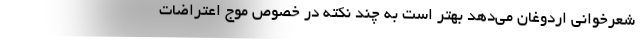
شعرخوانی اردوغان می‌دهد بهتر است به چند نکته در خصوص موج اعتراضات